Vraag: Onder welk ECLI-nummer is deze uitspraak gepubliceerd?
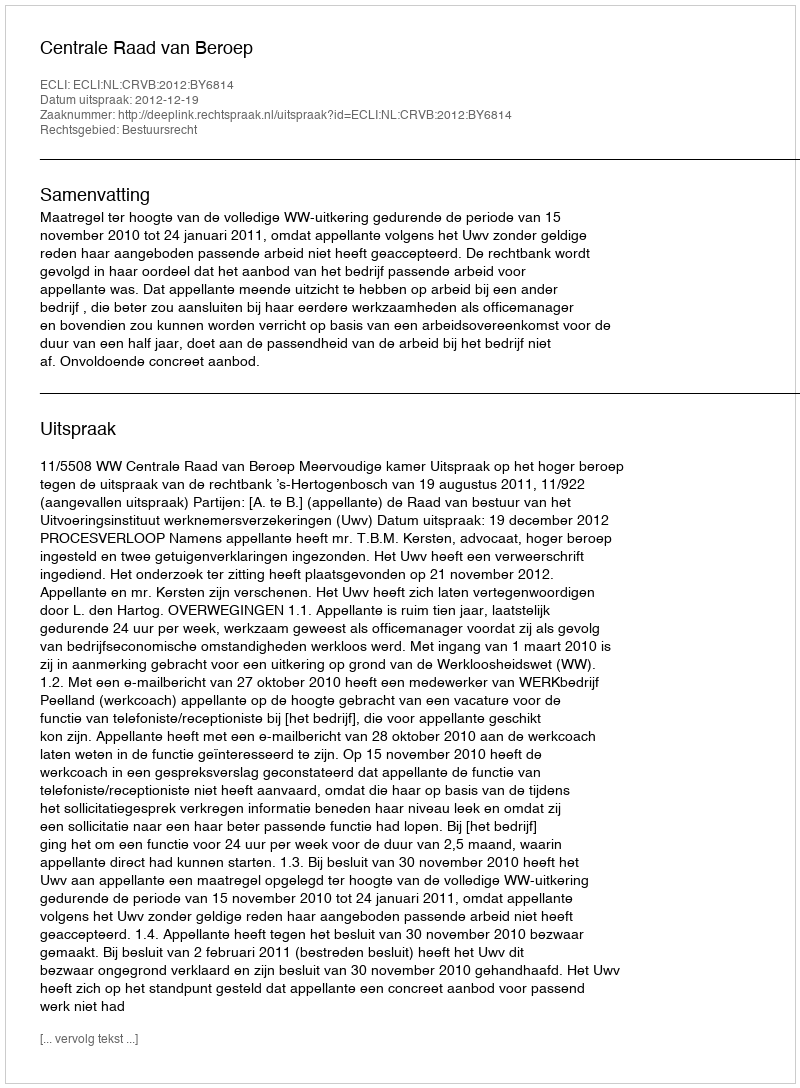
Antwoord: ECLI:NL:CRVB:2012:BY6814